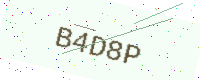
Text: B4D8P